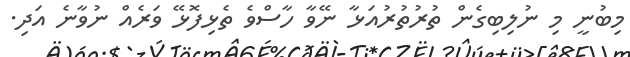
މިބުނީ މި ނުލިބިގެން ތުރުތުރުއަޅާ ނޭވާ ހާސްވެ ތެޅިފޮޅޭ ވަރެއް ނުވާނެ އަދި.